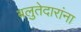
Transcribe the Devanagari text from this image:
बलुतेदारांना